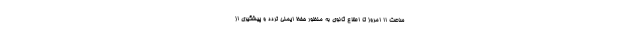
ساعت ۱۱ امروز تا اطلاع ثانوی به منظور حفظ ایمنی تردد و پیشگیری از